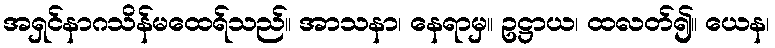
အရှင်နာဂသိန်မထေရ်သည်။ အာသနာ၊ နေရာမှ။ ဥဋ္ဌာယ၊ ထလတ်၍။ ယေန၊